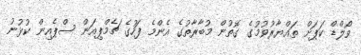
ވޯލްޑް ކަޕަށް ތައްޔާރުވުމުގެ ގޮތުން މުބާރާތުގެ އެންމެ ފަހުގެ ޗެމްޕިއަން ސްޕެއިން ކުޅުނު